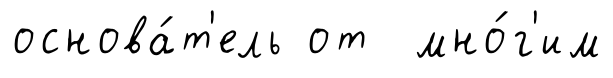
основа́т'ель от мно́г'им